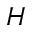
H